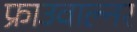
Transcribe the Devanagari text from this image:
फ्राउवाल्नर